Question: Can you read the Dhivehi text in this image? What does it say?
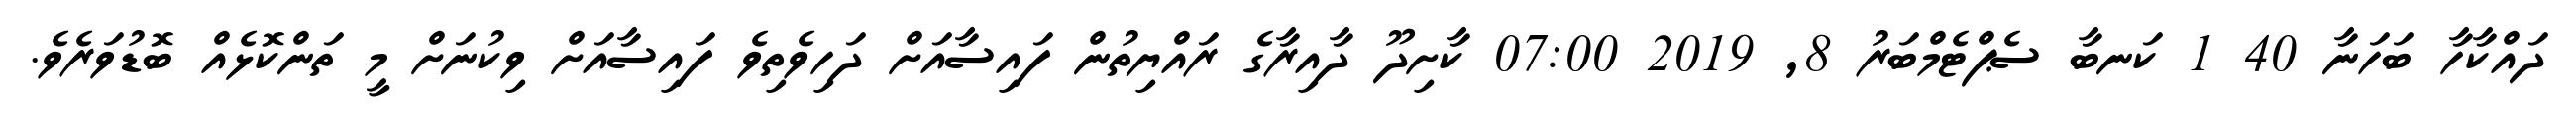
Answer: ދައްކާހާ ބަހަނާ 40 1 ކަނބާ ސެޕްޓެމްބަރު 8, 2019 07:00 ކާށިދޫ ދާއިރާގެ ރައްޔިތުން ފައިސާއަށް ދަހިވެތިވެ ފައިސާއަށް ވިކުނަށް މީ ތަންކޮޅެއް ބޮޑުވަރެވެ.